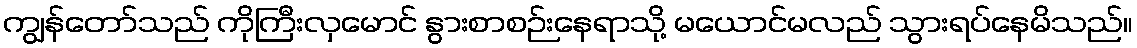
ကျွန်တော်သည် ကိုကြီးလှမောင် နွားစာစဉ်းနေရာသို့ မယောင်မလည် သွားရပ်နေမိသည်။